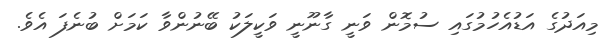
މިއަދުގެ އަޑުއެހުމުގައި ސުމޮން ވަނީ ގާނޫނީ ވަކީލަކު ބޭނުންވާ ކަމަށް ބުނެފަ އެވެ.